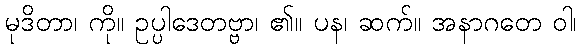
မုဒိတာ၊ ကို။ ဥပ္ပါဒေတဗ္ဗာ၊ ၏။ ပန၊ ဆက်။ အနာဂတေ ဝါ၊